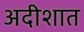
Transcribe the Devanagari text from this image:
अदीशात